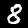
Digit: 8